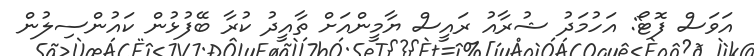
އަވަސް ފޮޓޯ: އަހުމަދު ޝުރާއު ރައީސް ޔާމީންއަށް ތާއީދު ކުރާ ބޭފުޅުން ކައުންސިލުން